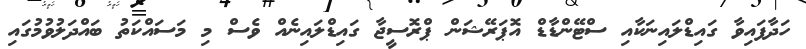
ހަދާފައިވާ ގައިޑްލައިނަކާއި ސްޓޭންޑާޑް އޮޕަރޭޝަން ޕްރޮސީޖާ ގައިޑްލައިނެއް ވެސް މި މަސައްކަތު ބައްދަލުވުމުގައި